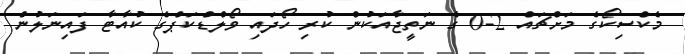
މެކްސިކޯގެ މަށްޗައް 2-0 ގެ ނަތީޖާއަކުން ކުރި ހޯދައި ވޯލްޑްކަޕްގެ ކުއާޓާ ފައިނަލުން